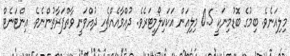
މިލިއަނެވެ. ބިމުގެ ބޮޑުމިނަކީ 0.5 މިލިއަން އަކަކިލޯމީޓަރެވެ. ދުއްވާއެއްޗެހި ދުއްވަނީ ވާތްފަރާތުންނެވެ. އިންޓަނެޓް